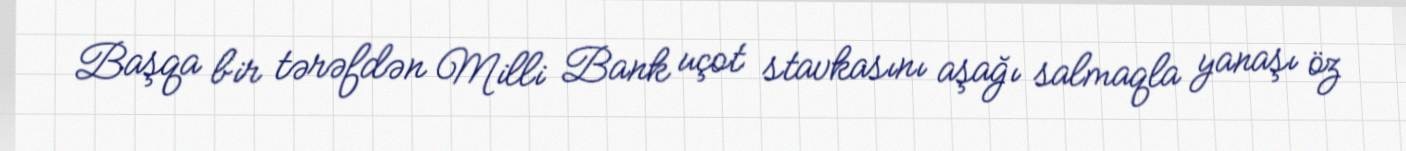
Başqa bir tərəfdən Milli Bank uçot stavkasını aşağı salmaqla yanaşı öz